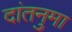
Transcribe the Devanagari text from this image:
दांतनुमा